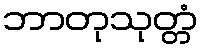
ဘာတုသုတ္တံ